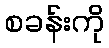
စခန်းကို